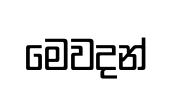
මෙවදන්